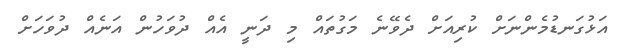
އަޅުގަނޑުމެންނަށް ކުރިއަށް ދެވޭނެ މަގުތައް މި ދަނީ އެއް ދުވަހުން އަނެއް ދުވަހަށް